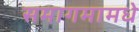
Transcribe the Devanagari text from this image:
समागमामधे